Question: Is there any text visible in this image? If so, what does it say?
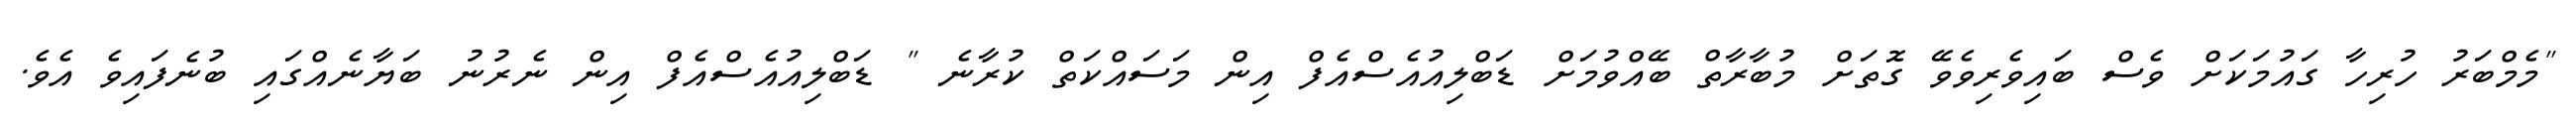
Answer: "މެމްބަރު ހުރިހާ ގައުމަކަށް ވެސް ބައިވެރިވެވޭ ގޮތަށް މުބާރާތް ބޭއްވުމަށް ޑަބްލިއުއެސްއެފް އިން މަސައްކަތް ކުރާނެ " ޑަބްލިއުއެސްއެފް އިން ނެރުނު ބަޔާނެއްގައި ބުނެފައިވެ އެވެ.